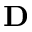
\mathbf { D }